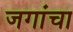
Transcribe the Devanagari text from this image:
जगांचा